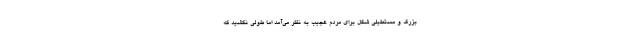
بزرگ و مستطیلی شکل برای مردم عجیب به نظر می‌آمد اما طولی نکشید که